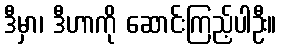
ဒီမှာ၊ ဒီဟာကို ဆောင်းကြည့်ပါဦး။